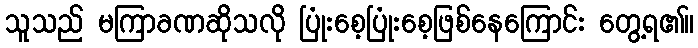
သူသည် မကြာခဏဆိုသလို ပြုံးစေ့ပြုံးစေ့ဖြစ်နေကြောင်း တွေ့ရ၏။